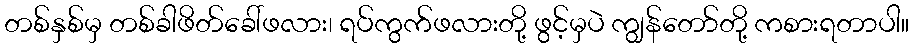
တစ်နှစ်မှ တစ်ခါဖိတ်ခေါ်ဖလား၊ ရပ်ကွက်ဖလားတို့ ဖွင့်မှပဲ ကျွန်တော်တို့ ကစားရတာပါ။